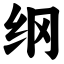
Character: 纲